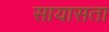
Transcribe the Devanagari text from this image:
सायासता